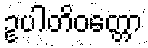
ဥပါတိဝတ္တော